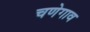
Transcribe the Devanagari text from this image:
चणेगाव